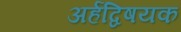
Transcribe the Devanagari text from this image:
अर्हद्विषयक